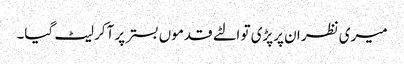
میری نظر ان پرپڑی تو الٹے قدموں بستر پر آکر لیٹ گیا۔